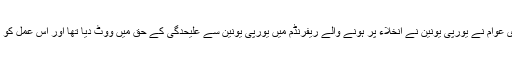
واضح رہے کہ 2016 میں برطانوی عوام نے یورپی یونین نے انخلاء پر ہونے والے ریفرنڈم میں یورپی یونین سے علیحدگی کے حق میں ووٹ دیا تھا اور اس عمل کو 2019 کے ابتدا تک مکمل کرنا تھا۔